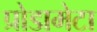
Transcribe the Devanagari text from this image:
प्रोडामेटा